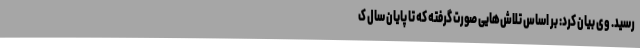
رسید. وی بیان کرد: بر اساس تلاش‌هایی صورت گرفته که تا پایان سال ک